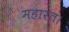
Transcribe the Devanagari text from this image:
महारत।